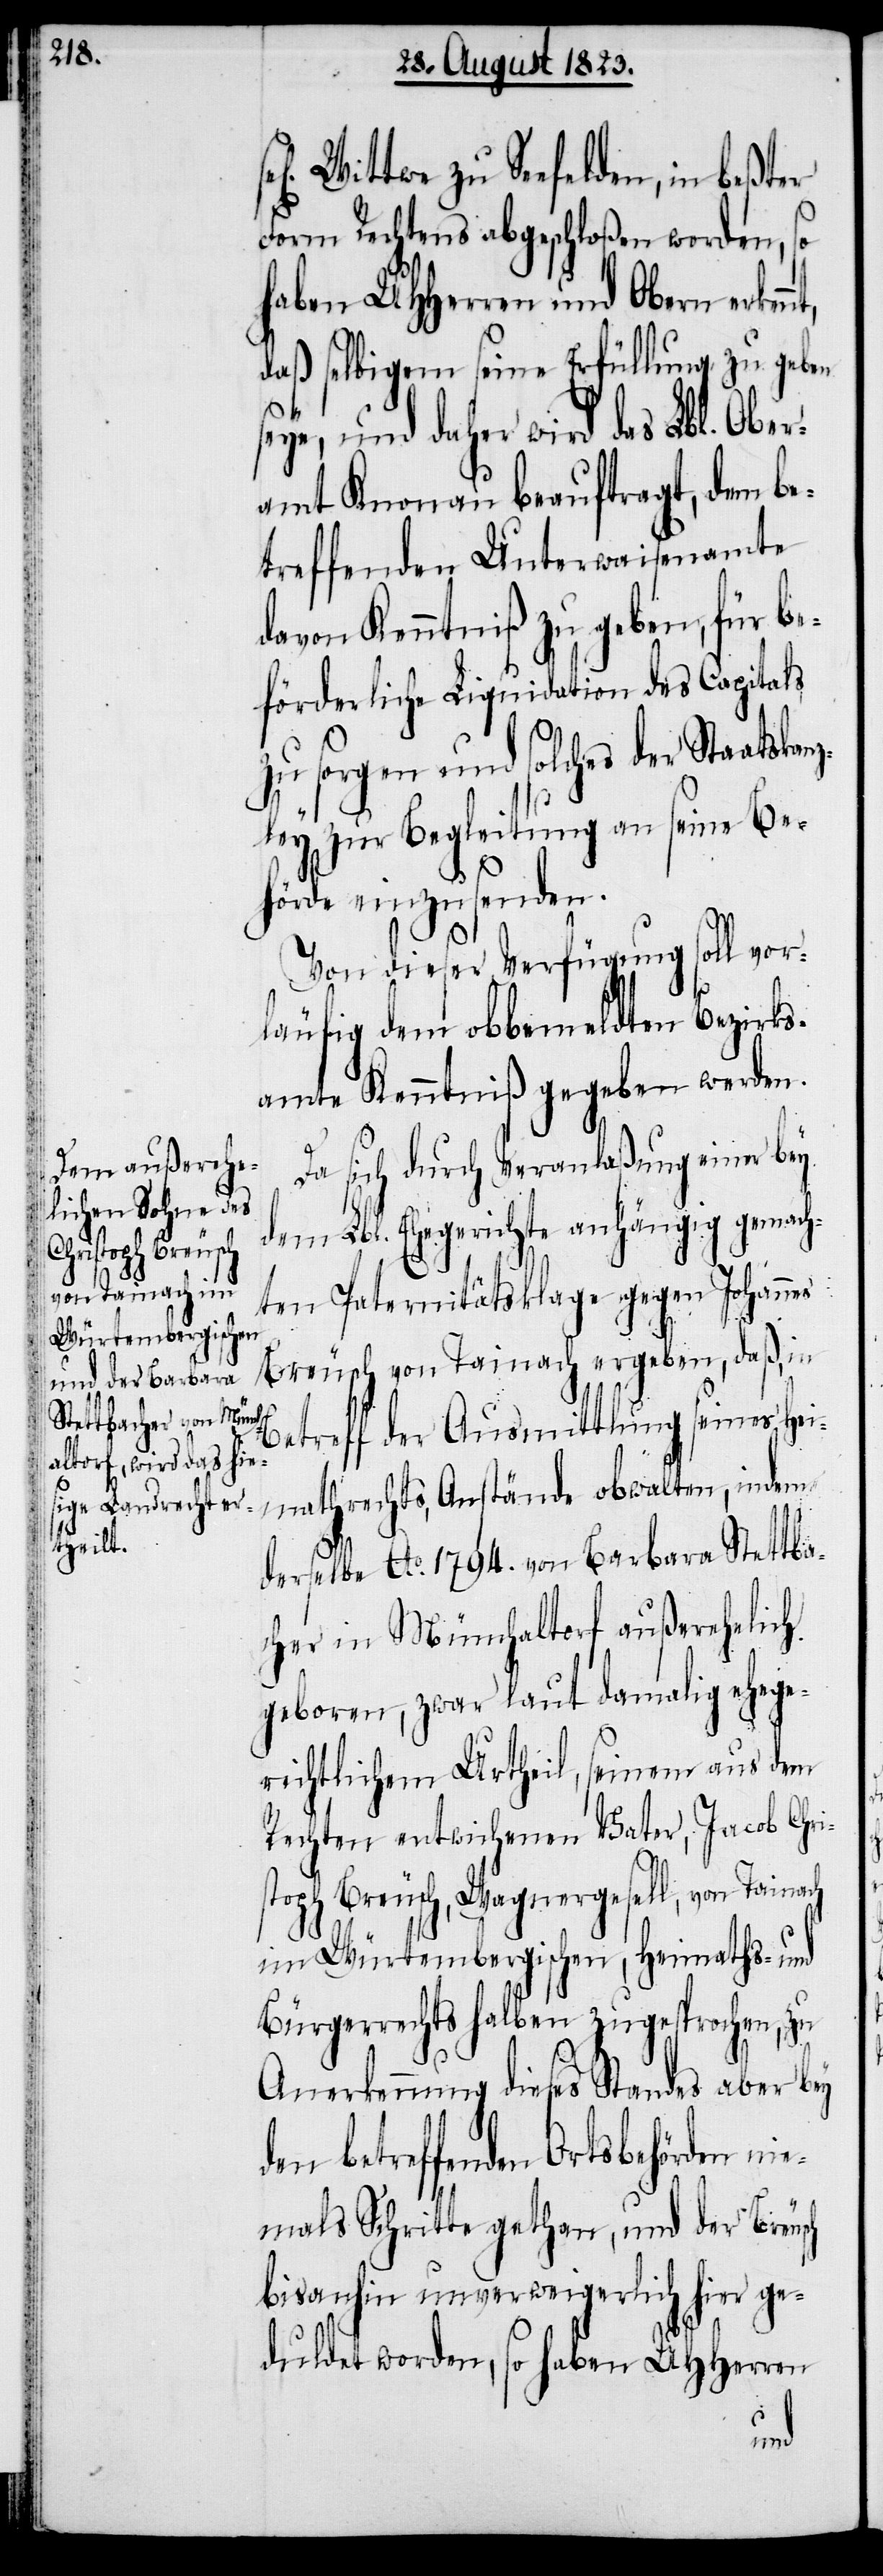
zu Seefelden, in beßter
Form Rechtens abgeschloßen worden, so
haben UHHerren und Obern erken¬
daß selbigem seine Erfüllung zu geben
seye, und daher wird das Lbl. Ober¬
amt Knonau beauftragt, dem be¬
treffenden Unterwaisenamte
davon Kenntniß zu geben, für be¬
förderliche Liquidation des Capitals
zu sorgen und solches der Staatskanz¬
ley zur Begleitung an seine Be¬
hörde einzusenden.
Von dieser Verfügung soll vor¬
läufig dem obbemeldten Bezirks¬
amte Kenntniß gegeben werden.
Da sich durch Veranlaßung einer bey
dem Lbl. Ehegerichte anhängig gemach¬
ten Paternitätsklage gegen Johannes
Breusch von Tainach ergeben, daß, in
Betreff der Ausmittlung seines Hei¬
mathrechts, Anstände obwalten, indem
derselbe Ao. 1794. von Barbara Stettba¬
cher in Münchaltorf außerehelich
geboren, zwar laut damalig ehege¬
richtlichem Urtheil, seinem aus dem
Rechten entwichenen Vater, Jacob Chri¬
stoph Breusch, Wagnergesell, von Tainach
im Würtembergischen, Heimaths- und
Bürgerrechts halben zugesprochen, zu
Anerkennung dieses Standes aber bey
den betreffenden Ortsbehörden n¬
iemals Schritte gethan, und der Breusch
bisanhin unverweigerlich hier ge¬
duldet worden, so haben UHHerren
nt,